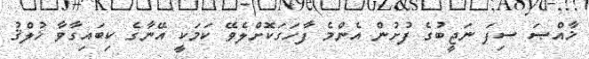
ޚާއްޞަ ސިފަ ނަޖީބުގެ ފުށުން އެންމެ ފާހަގަކޮށްލެވޭ ކަމަކީ އޭނާގެ ކިބައިގާވާ ޚުލްޤު